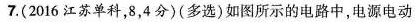
7.(2016江苏单科，8，4分)(多选)如图所示的电路中，电源电动